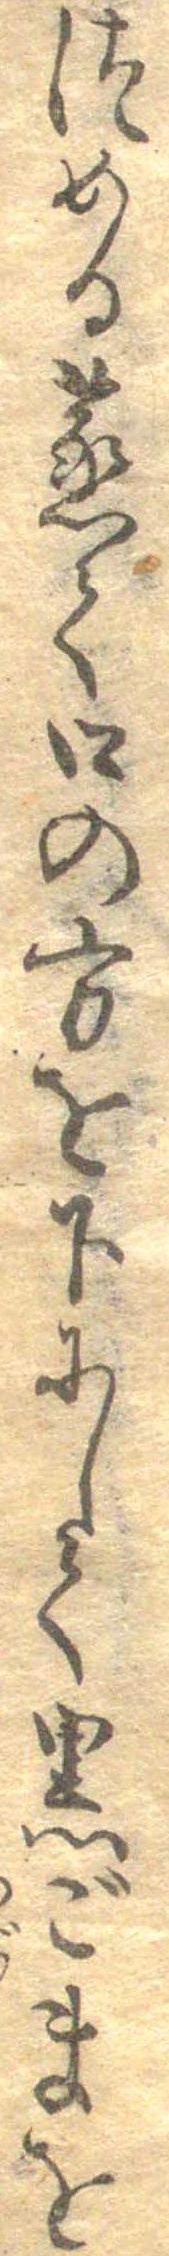
つめる蒸て口の方を下にして黒ごまを